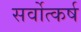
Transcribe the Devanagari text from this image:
सर्वोत्कर्ष